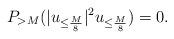
LaTeX: \begin{align*}P_{> M} (|u_{\leq \frac{M}{8}}|^{2} u_{\leq \frac{M}{8}}) = 0.\end{align*}